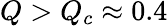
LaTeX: Q>Q_{c}\approx 0.4